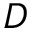
D